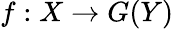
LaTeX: f:X\to G(Y)